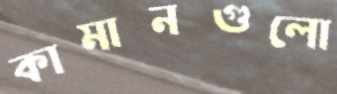
কামানগুলো